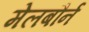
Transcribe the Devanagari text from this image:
मेलबौर्न